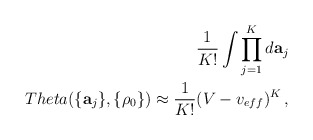
\begin{align*}\frac{1}{K!} \int \prod_{j=1}^{K} d{\bf a}_j\\Theta(\{{\bf a}_j\},\{\rho_0\})\approx \frac{1}{K!} (V - v_{eff})^K \,,\end{align*}